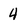
Character: 4